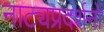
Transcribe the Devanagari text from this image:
नाट्यप्रदर्शनों